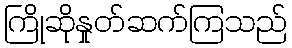
ကြိုဆိုနှုတ်ဆက်ကြသည်